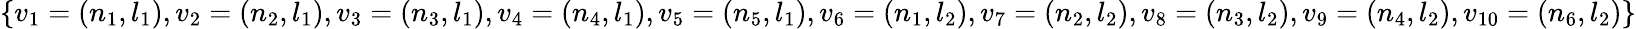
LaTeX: \{ v_{1}=(n_{1},l_{1}),v_{2}=(n_{2},l_{1}),v_{3}=(n_{3},l_{1}),v_{4}=(n_{4},l_{1}),v_{5}=(n_{5},l_{1}),v_{6}=(n_{1},l_{2}),v_{7}=(n_{2},l_{2}),v_{8}=(n_{3},l_{2}),v_{9}=(n_{4},l_{2}),v_{10}=(n_{6},l_{2})\}